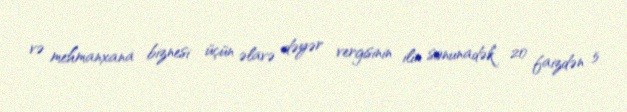
və mehmanxana biznesi üçün əlavə dəyər vergisinin ilin sonunadək 20 faizdən 5